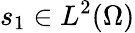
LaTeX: s_{1}\in L^{2}(\Omega)